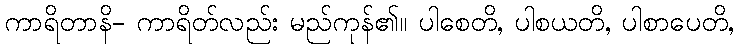
ကာရိတာနိ- ကာရိတ်လည်း မည်ကုန်၏။ ပါစေတိ, ပါစယတိ, ပါစာပေတိ,